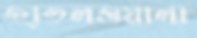
হাতলওয়ালা